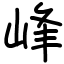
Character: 峰